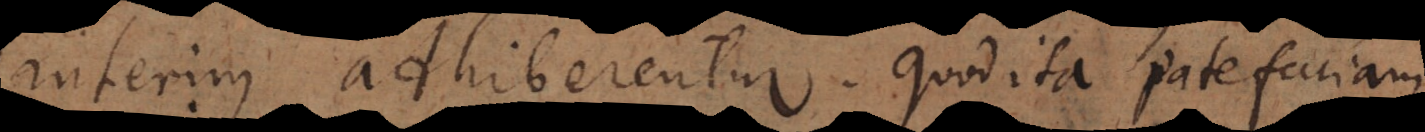
interim adhiberentur. Quod ita patefaciam.